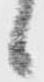
候